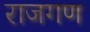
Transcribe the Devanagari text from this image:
राजगण